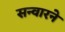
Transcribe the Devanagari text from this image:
सन्वारने